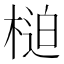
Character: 𣖐